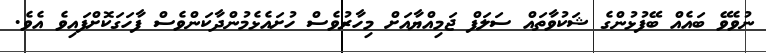
ނުވެވޭ ބައެއް ބޭފުޅުންގެ ޝަކުވާތައް ސަލަފް ޖަމިއްޔާއަށް މިހާރުވެސް ހުށައެޅެމުންދާކަންވެސް ފާހަގަކޮށްފައިވެ އެވެ.